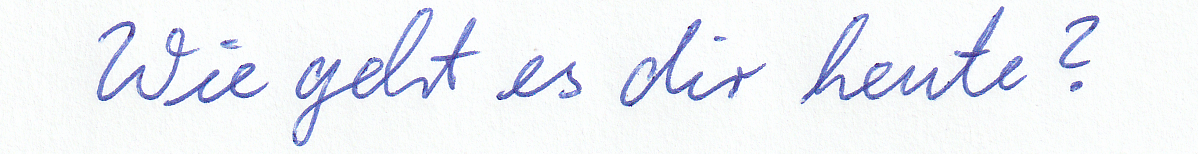
Wie geht es dir heute?